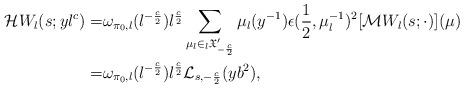
LaTeX: \begin{align*}\mathcal{H}W_{l}(s;yl^c) =& \omega_{\pi_{0},l}(l^{-\frac{c}{2}})l^{\frac{c}{2}}\sum_{\mu_l\in {}_l\mathfrak{X}_{-\frac{c}{2}}' } \mu_l(y^{-1})\epsilon(\frac{1}{2},\mu_l^{-1})^2[\mathcal{M}W_l(s;\cdot)](\mu) \\=&\omega_{\pi_{0},l}(l^{-\frac{c}{2}})l^{\frac{c}{2}} \mathcal{L}_{s,-\frac{c}{2}}(yb^2), \end{align*}